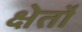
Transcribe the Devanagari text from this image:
क्षेर्तों